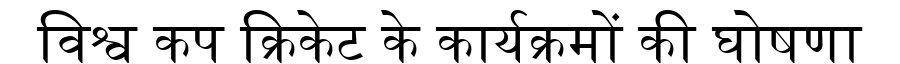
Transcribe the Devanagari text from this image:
विश्व कप क्रिकेट के कार्यक्रमों की घोषणा